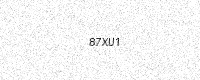
Text: 87XU1